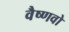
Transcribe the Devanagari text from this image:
वैष्‍णवो